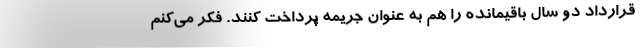
قرارداد دو سال باقیمانده را هم به عنوان جریمه پرداخت کنند. فکر می‌کنم